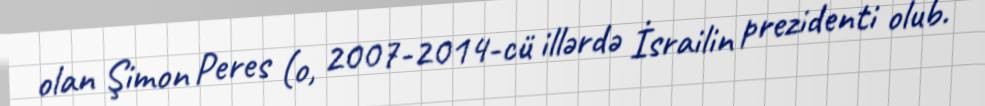
olan Şimon Peres (o, 2007-2014-cü illərdə İsrailin prezidenti olub.